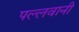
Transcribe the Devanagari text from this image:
पल्लवानी